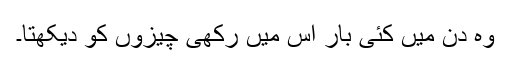
وہ دن میں کئی بار اس میں رکھی چیزوں کو دیکھتا۔